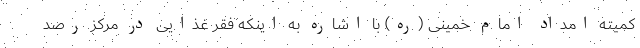
کمیته امداد امام خمینی (ره) با اشاره به اینکه فقر غذایی در مرکز رصد